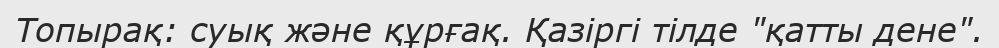
Топырақ: суық және құрғақ. Қазіргі тілде "қатты дене".